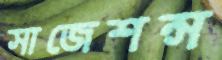
সাজেশন্স